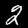
Digit: 2